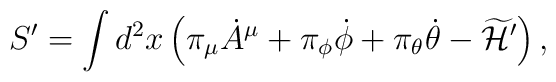
S'  =  \int d^2x \left(               \pi_\mu {\dot A}^\mu +\pi_{\phi} {\dot \phi}          + \pi_\theta {\dot \theta} - \widetilde {\cal H}'                \right),